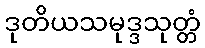
ဒုတိယသမုဒ္ဒသုတ္တံ